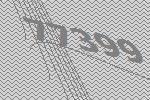
77399